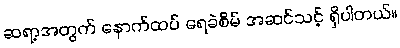
ဆရာ့အတွက် နောက်ထပ် ရေခဲစိမ် အဆင်သင့် ရှိပါတယ်။